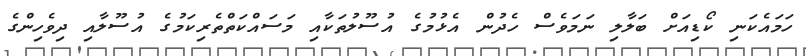
ހަމައެކަނި ކޯޑިއަށް ބަލާލި ނަމަވެސް ހެދުން އެޅުމުގެ އުސޫލުތަކާއި މަސައްކަތްތެރިކަމުގެ އުސޫލާއި ދިވެހިންގެ